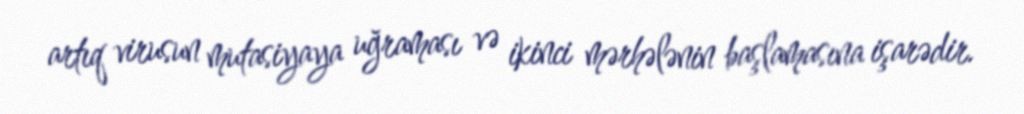
artıq virusun mutasiyaya uğraması və ikinci mərhələnin başlamasına işarədir.